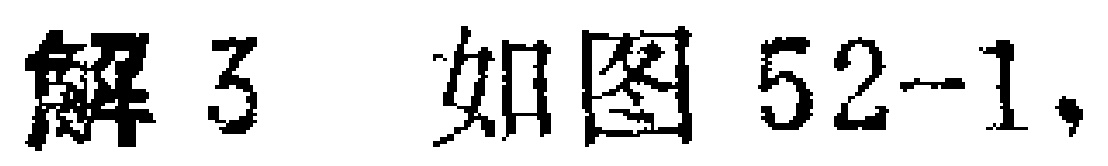
解3 如图52-1，